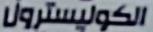
الكوليسترول